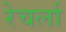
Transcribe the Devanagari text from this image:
रेचर्ला